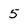
Character: 5